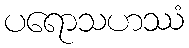
ပရောသဟဿံ